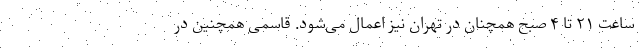
ساعت ۲۱ تا ۴ صبح همچنان در تهران نیز اعمال می‌شود. قاسمی همچنین در